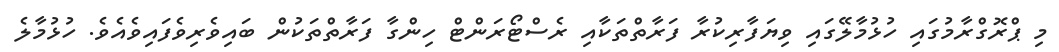
މި ޕްރޮގްރާމުގައި ހުޅުމާލޭގައި ވިޔަފާރިކުރާ ފަރާތްތަކާއި ރެސްޓޯރަންޓް ހިންގާ ފަރާތްތަކުން ބައިވެރިވެފައިވެއެވެ. ހުޅުމާލެ